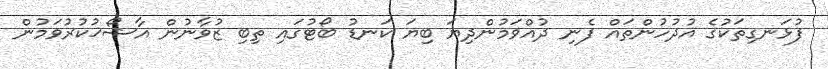
ފުޅަނގިތަކުގެ އުދުހުންތައް ފެނި ދުއްވަމުންދިޔަ ބިޔަ ކަނޑު ބޯޓުގައި ތިބި ޒުވާނުން އާޝޯޚުކުރުވަމުން